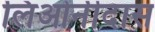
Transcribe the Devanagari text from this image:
लिओनीदास